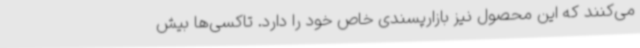
می‌کنند که این محصول نیز بازارپسندی خاص خود را دارد. تاکسی‌ها بیش